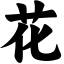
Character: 花